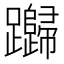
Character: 𰸸